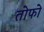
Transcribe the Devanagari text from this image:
तोफो